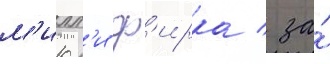
м'илл'и ф'ирка / за́